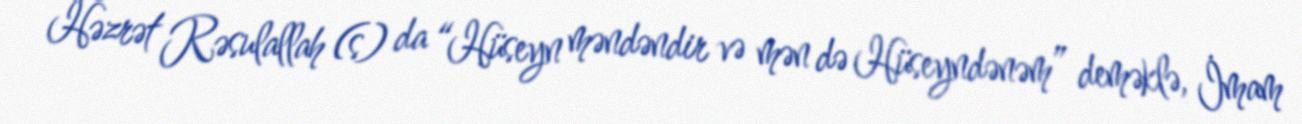
Həzrət Rəsulallah (s) da “Hüseyn məndəndir və mən də Hüseyndənəm” deməklə, İmam